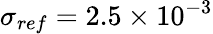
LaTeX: \sigma_{{ref}}=2.5\times 10^{-3}